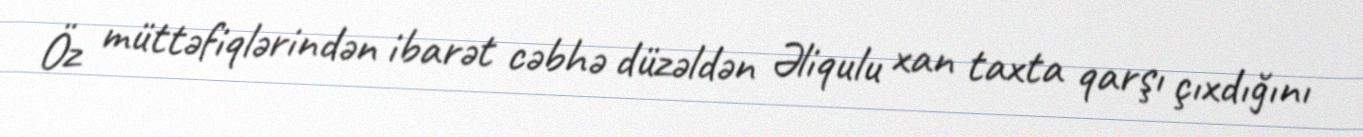
Öz müttəfiqlərindən ibarət cəbhə düzəldən Əliqulu xan taxta qarşı çıxdığını